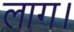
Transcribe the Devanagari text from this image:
लाग।